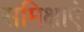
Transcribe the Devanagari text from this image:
समिक्षाएं